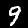
Label: 9